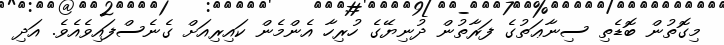
މިގޮތުން ބޮޑެތި ސިނާޢަތުގެ ފަރާތުން ދުނިޔޭގެ ހުރިހާ އެންމެން ކައިރިއަށް ގެނެސްފައިވެއެވެ. އަދި